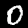
Label: 0